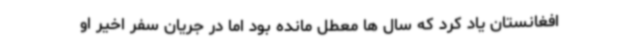
افغانستان یاد کرد که سال ها معطل مانده بود اما در جریان سفر اخیر او